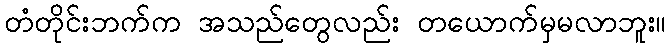
တံတိုင်းဘက်က အသည်တွေလည်း တယောက်မှမလာဘူး။